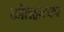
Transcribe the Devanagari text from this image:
कोलहाटकर